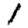
Digit: 1